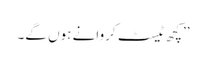
’’کچھ ٹیسٹ کروانے ہوں گے۔